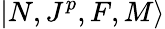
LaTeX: |N,J^{p},F,M\rangle